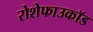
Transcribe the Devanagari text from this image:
रोशेफाउकॉड